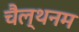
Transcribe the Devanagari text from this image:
चैल्थनम